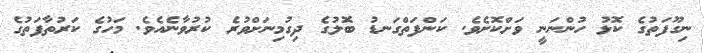
ނިގޫފަތުގެ ކޮޅު ހުންނަނީ ވަށްކޮށެވެ. ކަންފަތްގަނޑު ބޮލުގެ ދިގުމިނަށްވުރެ ކުރުވާނެއެވެ. މަހުގެ ކަރުތާފަތުގެ